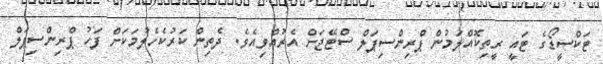
ޓަކްސީޑޯގެ ޓައީ ރީތިކޮއްލަމުން ޕްރިންސިޕަލް ސްޓޭޖަށް އެރުއްވިއެވެ. ދެތިން ކަރުކެހެލުމަކަށް ފަހު ޕްރިންސިޕަލް